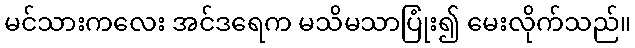
မင်သားကလေး အင်ဒရေက မသိမသာပြုံး၍ မေးလိုက်သည်။